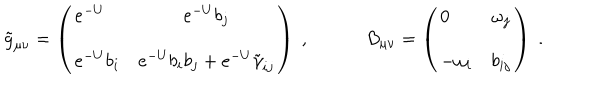
LaTeX: \tilde { g } _ { \mu \nu } = \left( \begin{array} { l c } { { e ^ { - U } } } & { { e ^ { - U } b _ { j } } } \\ { { e ^ { - U } b _ { i } } } & { { e ^ { - U } b _ { i } b _ { j } + e ^ { - U } \tilde { \gamma } _ { i j } } } \\ \end{array} \right) \ , B _ { \mu \nu } = \left( \begin{array} { l c } { { 0 } } & { { \omega _ { j } } } \\ { { - \omega _ { i } } } & { { b _ { i j } } } \\ \end{array} \right) \ .